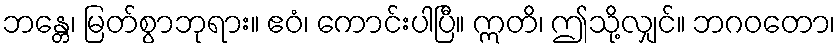
ဘန္တေ၊ မြတ်စွာဘုရား။ ဧဝံ၊ ကောင်းပါပြီ။ ဣတိ၊ ဤသို့လျှင်။ ဘဂဝတော၊